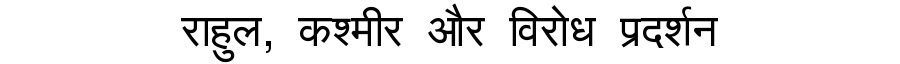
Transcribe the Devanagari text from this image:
राहुल, कश्मीर और विरोध प्रदर्शन